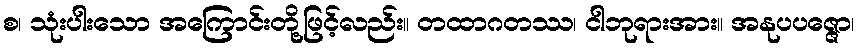
စ၊ သုံးပါးသော အကြောင်းတို့ဖြင့်လည်း။ တထာဂတဿ၊ ငါဘုရားအား။ အနုပပဇ္ဇော၊